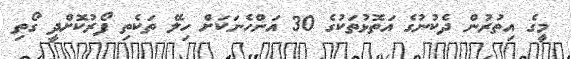
މީގެ އިތުރުން ދެކުނުގެ އަތޮޅުތަކުގެ 30 އަންހެނަކަށް ހިލޭ ތަކެތި ފޯރުކޮށްދީ ގޯތި